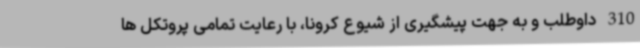
310 داوطلب و به جهت پیشگیری از شیوع کرونا، با رعایت تمامی پروتکل ها